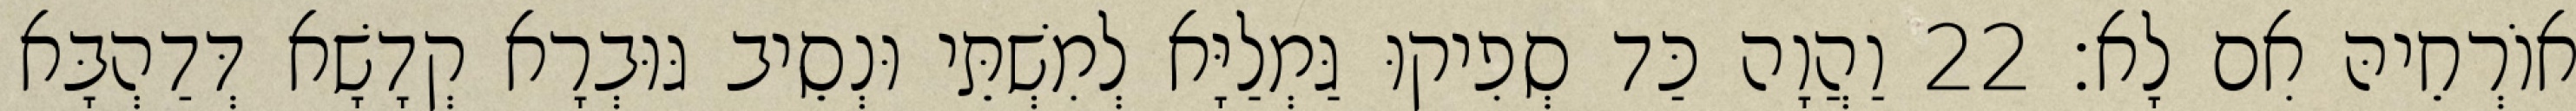
אוֹרְחֵיהּ אִם לָא׃ 22 וַהֲוָה כַּד סְפִיקוּ גַּמְלַיָּא לְמִשְׁתֵּי וּנְסֵיב גּוּבְרָא קְדָשָׁא דְּדַהְבָּא